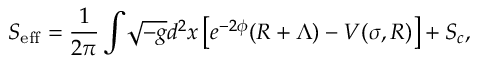
S _ { \mathrm { e f f } } = \frac { 1 } { 2 \pi } \int \! \sqrt { - g } d ^ { 2 } x \left[ e ^ { - 2 \phi } ( R + \Lambda ) - V ( \sigma , R ) \right] + S _ { c } ,